Indian journal of veterinary science and animal husbandry - Volumes 15-17, 1948-1951
Year: 1948
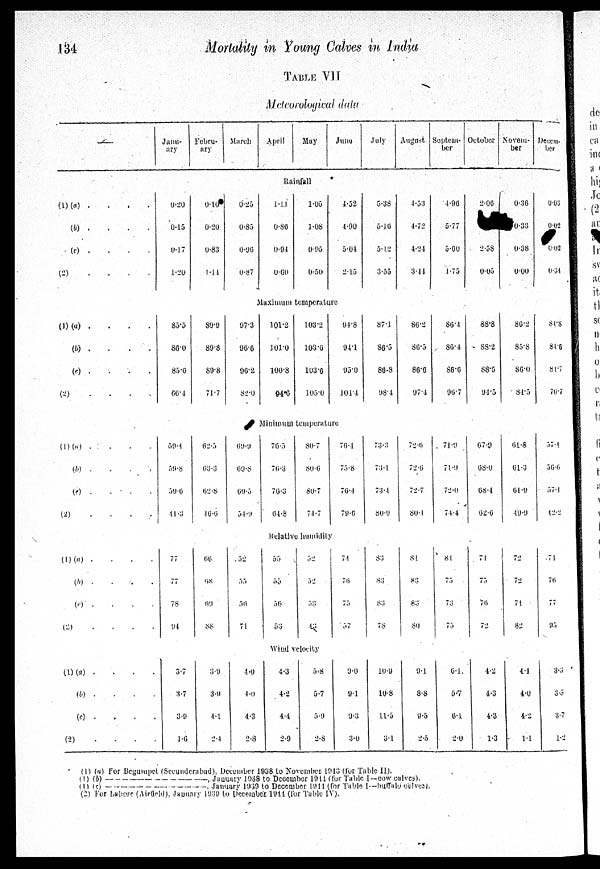
134
Mortality in Young Calves in India
TABLE VII
Meteorological data
––
Janu-
ary
Febru-
ary
March
April
May
June
July
August Septem-
ber
October Novem-
ber
Desem-
ber
Rainfall
(l)
(2)
(a)
.
.
.
.
(b) . . . .
(c)
.
.
.
.
. . . . .
0.20
0.15
0.17
1.20
0.10
0.20
0.83
1.14
0.25
0.85
0.96
0.87
1.11
0.86
0.94
0.60
1.05
1.08
0.95
0.50
4.52
4.90
5.04
2.15
5.38
5.16
5.12
3.55
4.53
4.72
4.24
3.41
4.96
5.77
5.60
1.75
2.06
2.58
0.05
0.36
0.35
0.38
0.00
0.03
0.02
0.02
0.31
Maximum temperature
(1)
(2)
(a)
.
.
.
.
(b)
.
.
.
.
(c)
.
.
.
.
. . . .
85.5
86.0
85.6
66.4
89.9
89.8
89.8
71.7
97.3
96.6
96.2
82.0
101.2
101.0
100.8
94.6
103.2
103.6
103.6
105.0
94.8
94.1
95.0
101.4
87.1
86.5
86.8
98.4
86.2
86.5
86.6
97.4
86.4
86.4
86.6
96.7
88.8
88.2
88.5
94.5
86.2
85.8
86.0
84.5
Minimum temperature
(1)
(2)
(a)
.
.
.
.
(b)
.
.
.
.
(c) . . . .
. . . .
59.4
59.8
59.6
41.3
62.5
63.3
62.8
46.6
69.9
69.8
69.5
54.9
76.5
76.3
76.3
64.8
80.7
80.6
80.7
74.7
76.4
75.8
76.4
79.6
73.3
73.1
73.4
80.9
72.6
72.6
72.7
80.1
71.9
71.9
72.0
74.4
67.9
68.0
68.4
62.6
61.8
61.3
61.9
49.9
84.8
84.6
81.7
70.7
57.4
56.6
57.1
42.2
Relative humidity
(1)
(2)
(a)
.
.
.
.
(b)
.
.
.
.
(c)
.
.
.
.
. . . .
77
77
78
94
66
68
69
88
52
35
56
71
55
55
56
53
52
52
53
43
74
76
75
57
83
83
83
78
81
83
83
80
81
75
73
75
71
75
76
72
72
72
71
82
71
76
77
95
Wind velocity
(1)
(2)
(a) . . . .
(b)
.
.
.
.
(c) . . . .
. . . .
3.7
3.7
3.9
1.6
3.9
3.9
4.1
2.4
4.0
4.0
4.3
2.8
4.3
4.2
4.4
2.9
5.8
5.7
5.9
2.8
9.0
9.1
9.3
3.0
10.9
10.8
11.5
3.1
9.1
8.8
9.5
2.5
6.1.
0.7
6.1
2.0
4.2
4.3
4.3
1.3
4.1
4.0
4.2
1.1
3.3
3.5
3.7
1.2
(1) (a) for Bcguiupel (Sceunderabad), December 1938 to November 1913 (for Table II).
(1) (b)
, January 1938 to Dceomber 1944(for Table I—cow calves).
(1) (c)
. January 1939 to December 1944 (for Table I—buffalo calves).
(2) For Lalore (Airfield), January 1939 to December 1944 (for Table IV).